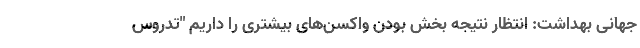
جهانی بهداشت: انتظار نتیجه بخش بودن واکسن‌های بیشتری را داریم "تدروس